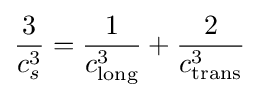
{\frac {3}{c_{s}^{3}}}={\frac {1}{c_{\text{long}}^{3}}}+{\frac {2}{c_{\text{trans}}^{3}}}